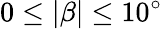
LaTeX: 0\le|\beta|\le 10^{\circ}